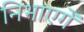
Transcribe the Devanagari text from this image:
निभाएगें